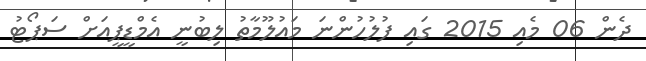
ދެން 06 މެއި 2015 ގައި ފުލުހުންނަ މައުލޫމާތު ލިބުނީ އެމްޑީޕީއަށް ސަޕޯޓު